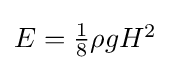
{\textstyle E={\frac {1}{8}}\rho gH^{2}}